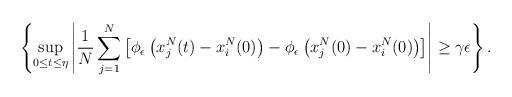
LaTeX: \begin{align*}\left\{ \sup_{0\le t\le\eta}\left|\frac{1}{N}\sum_{j=1}^{N}\left[\phi_{\epsilon}\left(x_{j}^{N}(t)-x_{i}^{N}(0)\right)-\phi_{\epsilon}\left(x_{j}^{N}(0)-x_{i}^{N}(0)\right)\right]\right|\ge\gamma\epsilon\right\} .\end{align*}